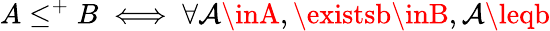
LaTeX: A\leq^{+}B\iff\forall\mathcal{A}\inA,\existsb\inB,\mathcal{A}\leqb